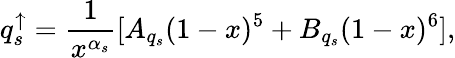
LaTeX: q_{s}^{\uparrow}=\frac{1}{x^{\alpha_{s}}}[A_{q_{s}}(1-x)^{5}+B_{q_{s}}(1-x)^{6}],